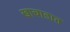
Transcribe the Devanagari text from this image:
खाचाडात